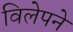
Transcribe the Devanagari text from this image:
विलेपने